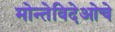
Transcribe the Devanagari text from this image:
मोन्तेविदेओचे